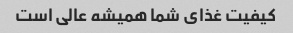
کیفیت غذای شما همیشه عالی است